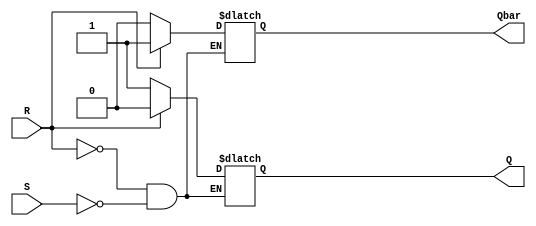
module sr_flipflop (
    input wire S,
    input wire R,
    output reg Q,
    output reg Qbar
);

always @ (S, R)
begin
    if (R) begin
        Q <= 1'b0;
        Qbar <= 1'b1;
    end else if (S) begin
        Q <= 1'b1;
        Qbar <= 1'b0;
    end
end

endmodule